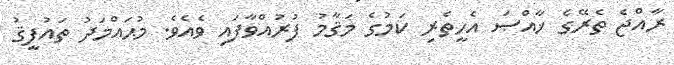
ރާއްޖެ ތެރޭގެ ޚާއްޞަ އެހީތެރި ކަމުގެ މަޤާމު ފުރުއްވާފައި ވެއެވެ. މުޙައްމަދު ތައުފީޤު